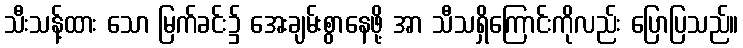
သီးသန့်ထား သော မြက်ခင်း၌ အေးချမ်းစွာနေဖို့ အာ သီသရှိကြောင်းကိုလည်း ပြောပြသည်။